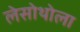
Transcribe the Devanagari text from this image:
लेसोथोला